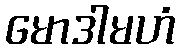
မောဒါမဟံ